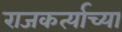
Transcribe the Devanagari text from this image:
राजकर्त्याच्या